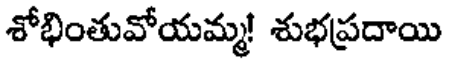
శోభింతువోయమ్మ! శుభప్రదాయి